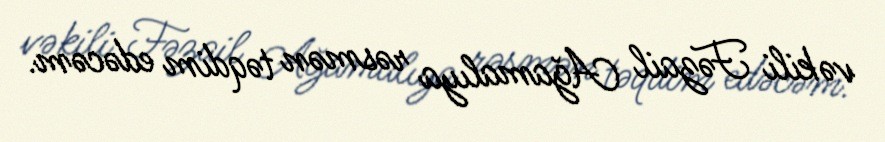
vəkili Fəzail Ağamalıya rəsmən təqdim edəcəm.